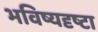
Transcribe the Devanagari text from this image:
भविष्यदृष्टा